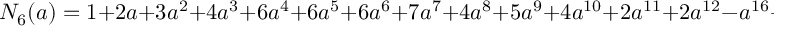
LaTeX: N _ { 6 } ( a ) = 1 + 2 a + 3 a ^ { 2 } + 4 a ^ { 3 } + 6 a ^ { 4 } + 6 a ^ { 5 } + 6 a ^ { 6 } + 7 a ^ { 7 } + 4 a ^ { 8 } + 5 a ^ { 9 } + 4 a ^ { 1 0 } + 2 a ^ { 1 1 } + 2 a ^ { 1 2 } - a ^ { 1 6 } + a ^ { 1 7 } .